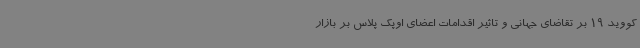
کووید 19 بر تقاضای جهانی و تاثیر اقدامات اعضای اوپک پلاس بر بازار